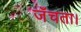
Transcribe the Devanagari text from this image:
जँचता।